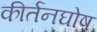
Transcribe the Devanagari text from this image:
कीर्तनघोष